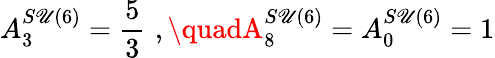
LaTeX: A_{3}^{S\mathscr{U}(6)}=\frac{{5}}{{3}}\, \, ,\quadA_{8}^{S\mathscr{U}(6)}=A_{0}^{S\mathscr{U}(6)}=1